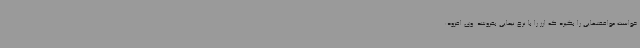
خواست موافقتهایی را بگیرد که ارز را با نرخ نیمایی بفروشد. وی افزود: